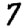
Digit: 7